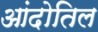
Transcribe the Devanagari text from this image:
आंदोतिल